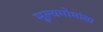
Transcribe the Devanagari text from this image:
मूल्यमोमांसा